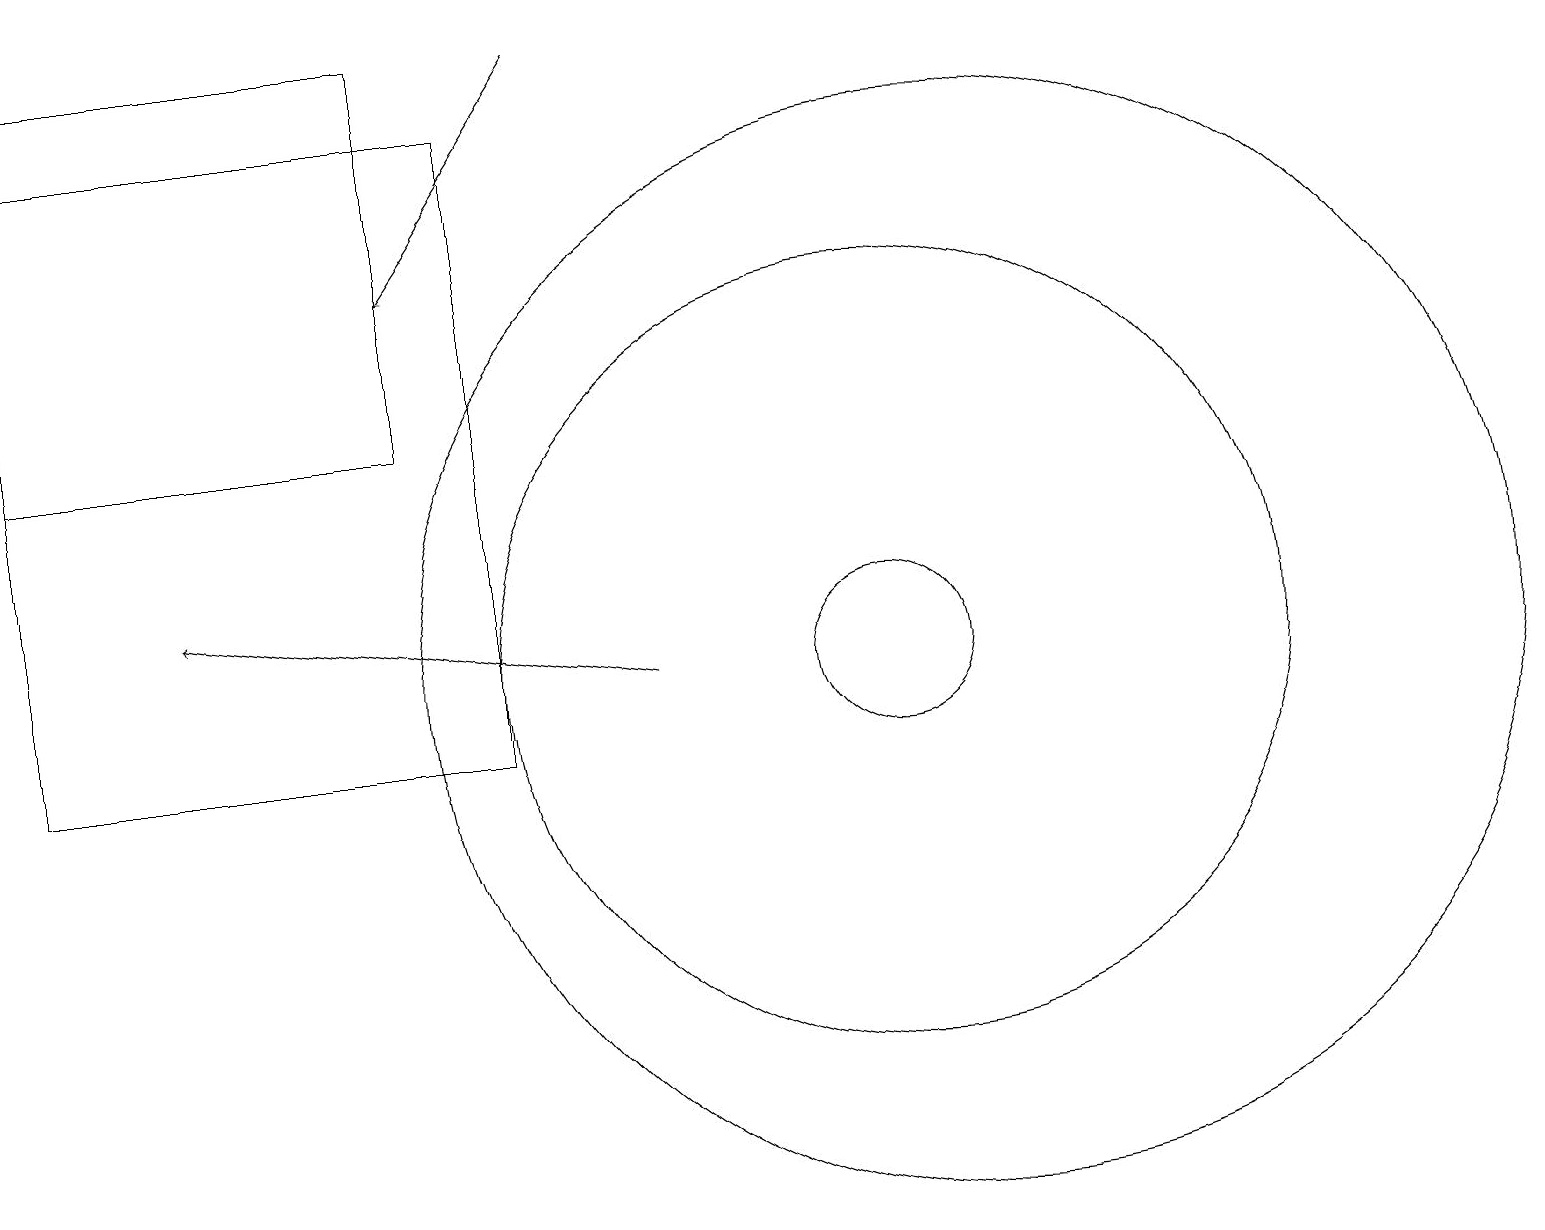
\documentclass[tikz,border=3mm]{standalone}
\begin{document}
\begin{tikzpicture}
\draw (11,11) circle (1);
\draw (12,11) circle (7);
\draw (0,19) rectangle (5,14);
\draw (11,11) circle (5);
\draw (0,10) rectangle (6,18);
\draw (10,10) circle (0);
\draw[->] (7,19) -- (5,16);
\draw[->] (8,11) -- (2,12);
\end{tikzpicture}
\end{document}